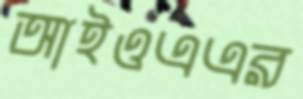
আইওএএর